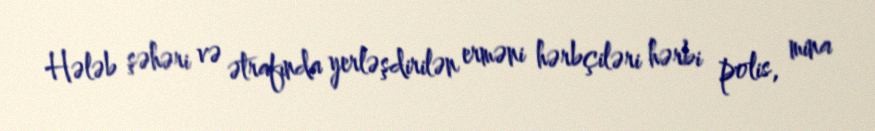
Hələb şəhəri və ətrafında yerləşdirilən erməni hərbçiləri hərbi polis, mina